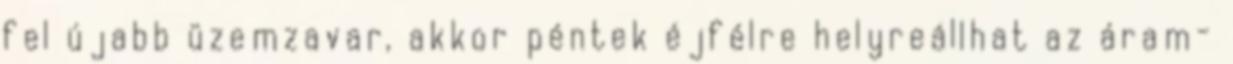
fel újabb üzemzavar, akkor péntek éjfélre helyreállhat az áram-